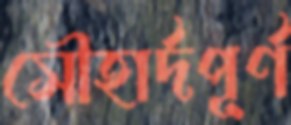
সৌহার্দপূর্ণ